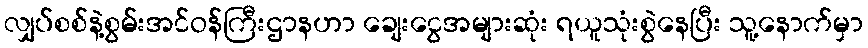
လျှပ်စစ်နဲ့စွမ်းအင်ဝန်ကြီးဌာနဟာ ချေးငွေအများဆုံး ရယူသုံးစွဲနေပြီး သူ့နောက်မှာ